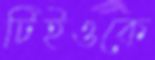
টিইওকে